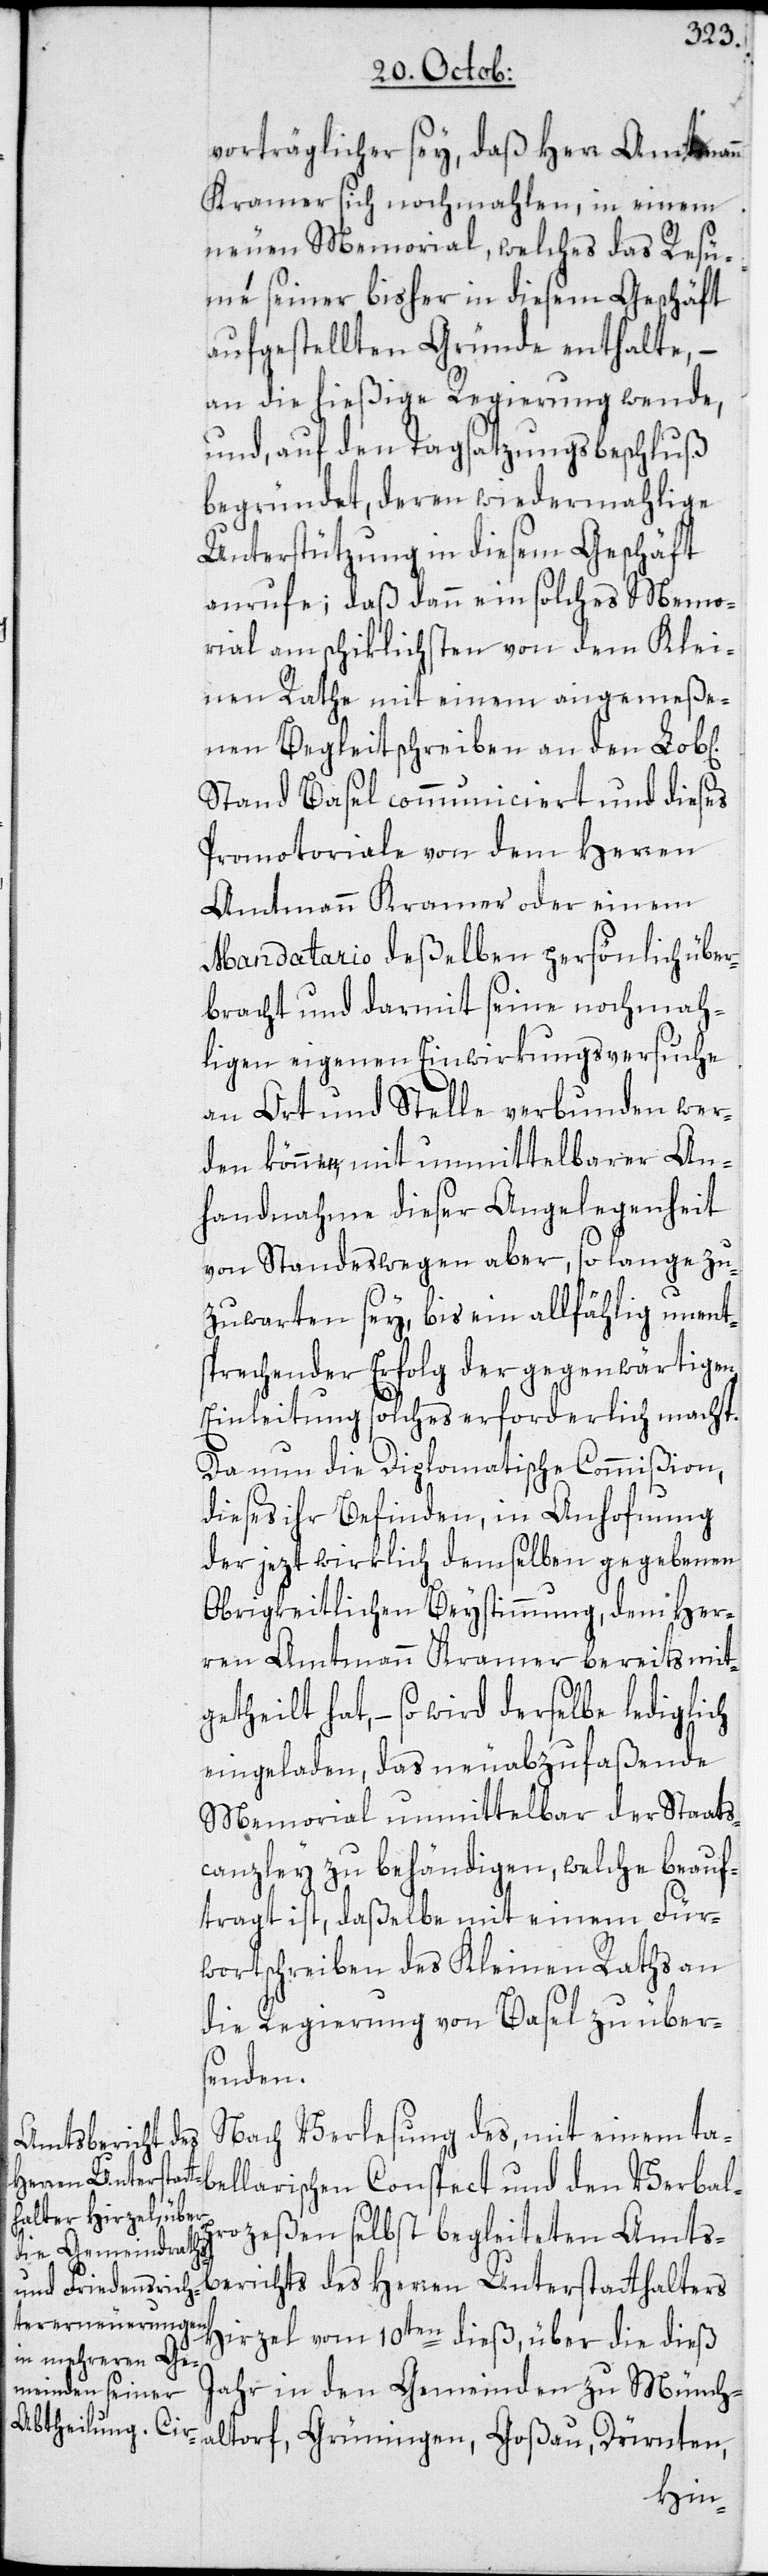
vorträglicher sey, daß Herr Amtmann
Kramer sich nochmahlen, in einem
neuen Memorial, welches das Resü¬
mé seiner bisher in diesem Geschäft
aufgestellten Gründe enthalte, –
an die hießige Regierung wende,
und, auf den Tagsatzungsbeschluß
begründet, deren wiedermahlige
Unterstützung in diesem Geschäft
anrufe; daß dann ein solches Memo¬
rial am schiklichsten von dem Klei¬
nen Rathe mit einem angemeße¬
nen Begleitschreiben an den Lob[l¬
Stand Basel communiciert und dieses
Promotoriale von dem Herren
Amtmann Kramer oder einem
Mandatario deßelben persönlich über¬
bracht und darmit seine nochmah¬
ligen eigenen Einwirkungsversuche
an Ort und Stelle verbunden wer¬
den können, mit unmittelbarer An¬
handnahme dieser Angelegenheit
von Standeswegen aber, so lange zu¬
zuwarten sey, bis ein allfählig unent¬
sprechender Erfolg der gegenwärtigen
Einleitung solches erforderlich macht.
Da nun die Diplomatische Commißion,
dieses ihr Befinden, in Anhofnung
der jezt wirklich demselben gegebenen
Obrigkeitlichen Beystimmung, dem Her¬
ren Amtmann Kramer bereits mitg¬
schen Conspect und den Verbalp¬
eingeladen, das neuabzufaßende
Memorial unmittelbar der Staats¬
canzley zu behändigen, welche beauf¬
tragt ist, daßelbe mit einem Für¬
wortschreiben des Kleinen Raths an
die Regierung von Basel zu über¬
bellari¬
Nach Verlesung des, mit einem ta¬
rozeßen selbst begleiteten Amts¬
berichts des Herren Unterstatthalters
Hirzel vom 10ten dieß, über die dieß
Jahr in den Gemeinden zu Münch¬
altorf, Grüningen, Goßau, Dürnten,